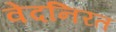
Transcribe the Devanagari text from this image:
वेदनिरत